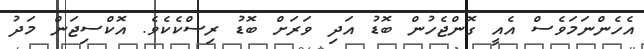
އެހެންނަމަވެސް އެއީ ގޮންޖެހުން ބޮޑު އަދި ވަރަށް ބޮޑު ރިސްކެކެވެ. އޮކްސިޖަން މަދު